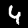
Digit: 4